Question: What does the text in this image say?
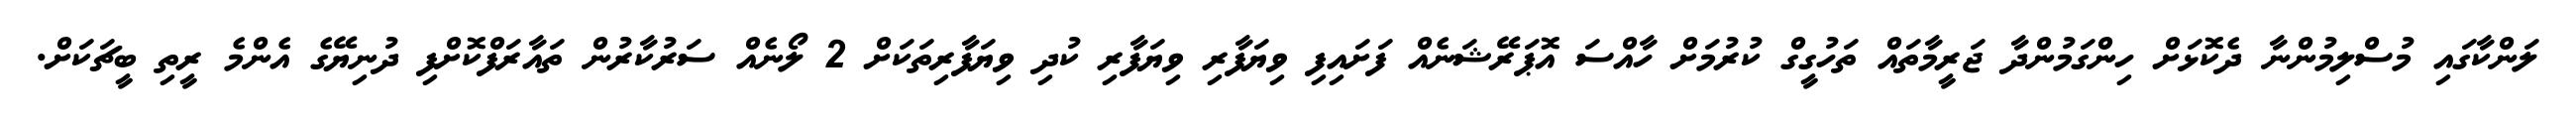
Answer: ލަންކާގައި މުސްލިމުންނާ ދެކޮޅަށް ހިންގަމުންދާ ޖަރީމާތައް ތަހުގީގް ކުރުމަށް ހާއްސަ އޮޕަރޭޝަނެއް ފަށައިފި ވިޔަފާރި ވިޔަފާރި ކުދި ވިޔަފާރިތަކަށް 2 ލޯނެއް ސަރުކާރުން ތައާރަފްކޮށްފި ދުނިޔޭގެ އެންމެ ރީތި ބީޗަކަށް.